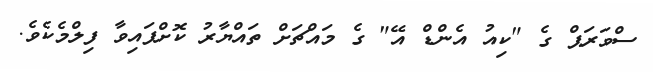
ސްވަރަޕް ގެ "ކިއު އެންޑް އޭ" ގެ މައްޗަށް ތައްޔާރު ކޮށްފައިވާ ފިލްމެކެވެ.